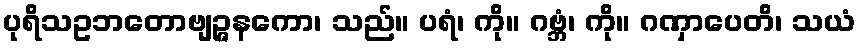
ပုရိသဥဘတောဗျဉ္ဇနကော၊ သည်။ ပရံ၊ ကို။ ဂဗ္ဘံ၊ ကို။ ဂဏှာပေတိ၊ သယံ